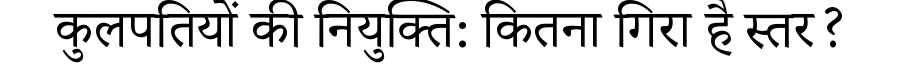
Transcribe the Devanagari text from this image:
कुलपतियों की नियुक्ति: कितना गिरा है स्तर?